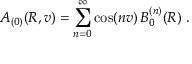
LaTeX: A _ { ( 0 ) } ( R , v ) = \sum _ { n = 0 } ^ { \infty } \cos ( n v ) \, B _ { 0 } ^ { ( n ) } ( R ) \ .